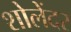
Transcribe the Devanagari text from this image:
शोलेंदर